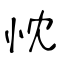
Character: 忱